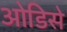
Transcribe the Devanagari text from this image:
ओडिसे